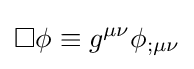
\Box \phi \equiv g^{\mu \nu }\phi _{;\mu \nu }